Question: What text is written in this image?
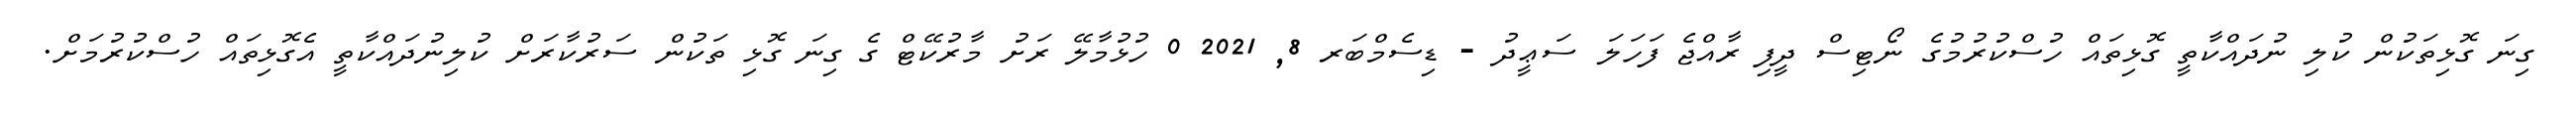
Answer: ގިނަ ގޮޅިތަކުން ކުލި ނުދައްކާތީ ގޮޅިތައް ހުސްކުރުމުގެ ނޯޓިސް ދީފި ރާއްޖެ ފަހަލަ ސަޢީދު - ޑިސެމްބަރ 8, 2021 0 ހުޅުމާލޭ ރަށު މާރުކޭޓް ގެ ގިނަ ގޮޅި ތަކުން ސަރުކާރަށް ކުލިނުދައްކާތީ އެގޮޅިތައް ހުސްކުރުމަށް.